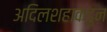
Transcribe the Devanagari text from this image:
अदिलशहाकडुन